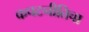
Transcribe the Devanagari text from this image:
कपटनीतिचा